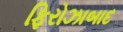
ફિરોઝાબાદ